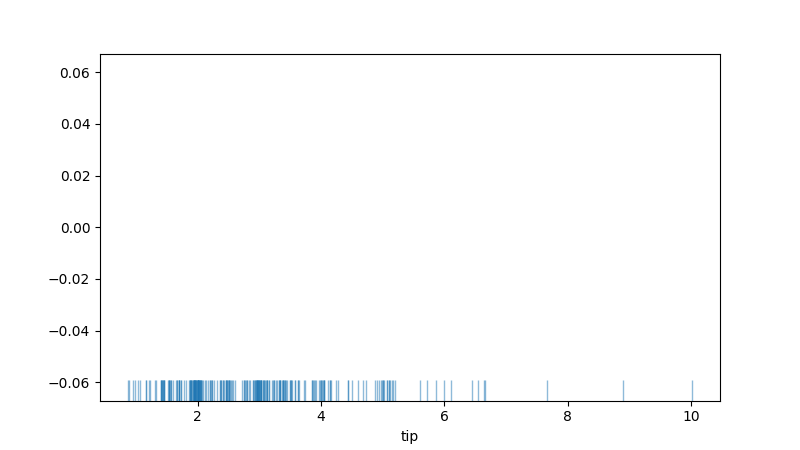
python, seaborn, rugplot, height=0.06, axis='x', alpha=0.5